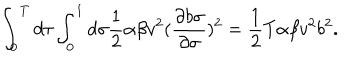
\int _ { 0 } ^ { T } d \tau \int _ { 0 } ^ { 1 } d \sigma \frac { 1 } { 2 } \alpha \beta v ^ { 2 } ( \frac { \partial b \sigma } { \partial \sigma } ) ^ { 2 } = \frac { 1 } { 2 } T \alpha \beta v ^ { 2 } b ^ { 2 } .